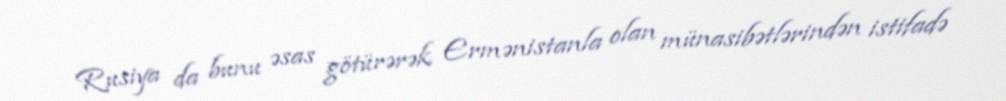
Rusiya da bunu əsas götürərək Ermənistanla olan münasibətlərindən istifadə